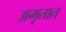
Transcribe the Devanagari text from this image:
अमृतात